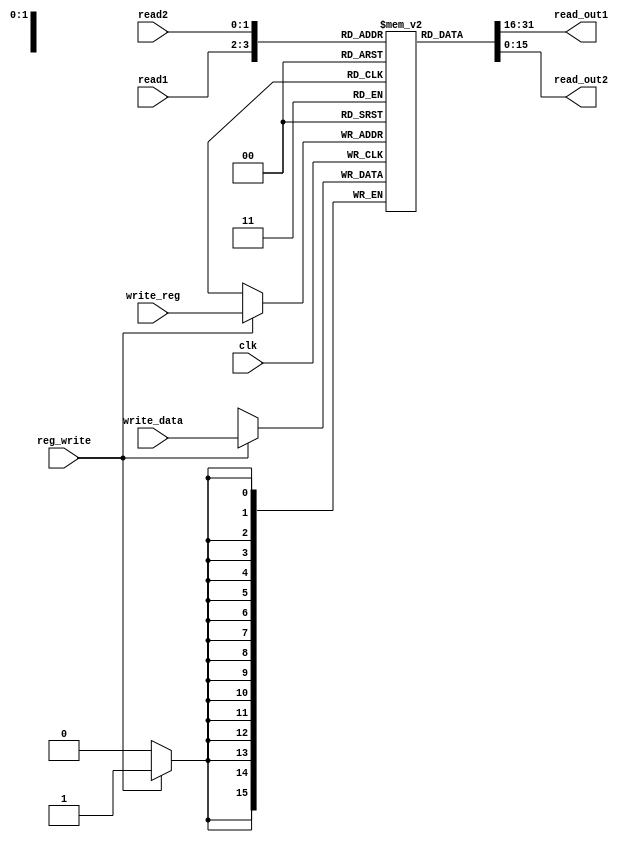
module register_file( read_out1, read_out2, read1, read2, write_reg, write_data, reg_write, clk); 
    output [15:0] read_out1;
    output [15:0] read_out2;
    input [1:0] read1;
    input [1:0] read2;
    input [1:0] write_reg;
    input [15:0] write_data;
    input reg_write;
    input clk;
    reg [15:0] registers [3:0];

	initial begin
		registers[0] = 0;
		registers[1] = 0;
		registers[2] = 0;
		registers[3] = 0;
	end
	assign read_out1 = registers[read1];
	assign read_out2 = registers[read2];
    
	always @(posedge clk) begin
        	if(reg_write) begin
            		registers[write_reg] <= write_data;    
        	end
      
	end
    
endmodule